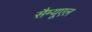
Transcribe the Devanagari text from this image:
सैम्‍यूएल